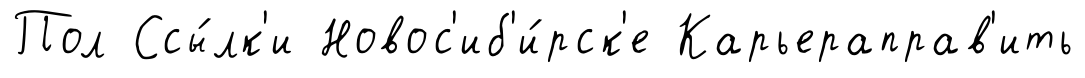
Пол Ссы́лк'и Новос'иб'и́рск'е Карьераправ'ить